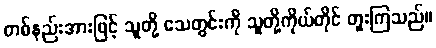
တစ်နည်းအားဖြင့် သူတို့ သေတွင်းကို သူတို့ကိုယ်တိုင် တူးကြသည်။